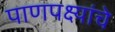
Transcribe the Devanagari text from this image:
पाणपक्ष्यांचे